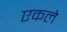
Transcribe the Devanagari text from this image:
एकले